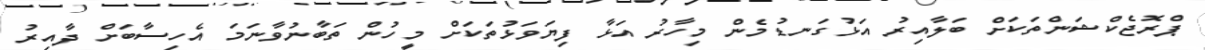
ޕްރޮޖެކްޝަންތަކަށް ބަލާއިރު އަޅުގަނޑުމެން މިހާރު އަޅާ ފިޔަވަޅުތަކަށް މީހުން ތަބާނުވާނަމަ އެހިސާބަށް ދާއިރު